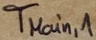
Text: TMain,1